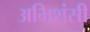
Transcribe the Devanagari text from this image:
अभिशंसी